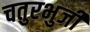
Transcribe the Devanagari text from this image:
चतुरभुर्जी